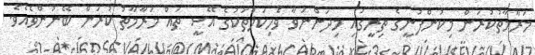
މަރާމާތުކުރަން މިކުންފުނީގެ ތިރީގައި މިދަންނަވާ ވެހިކަލްތަކުގެ އޭސީ ތައް މަރާމާތު ކުރަން ބޭނުންވެއެވެ.